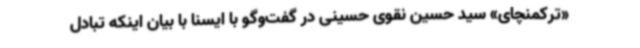
«ترکمنچای» سید حسین نقوی حسینی در گفت‌وگو با ایسنا با بیان اینکه تبادل